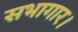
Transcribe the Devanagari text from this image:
सभागार।